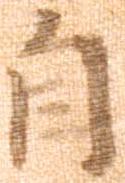
自